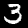
Digit: 3